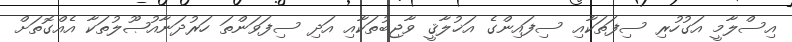
އިސްލާމީ އަގުހުރި ސިފަތަކާއި ސިފައިންގެ އަޚުލާޤީ ވާޖިބުތަކާއި އަދި ސިފަވަންތަ ހަރުދަނާއުޞޫލުތަކާ އެއްގޮތަށް